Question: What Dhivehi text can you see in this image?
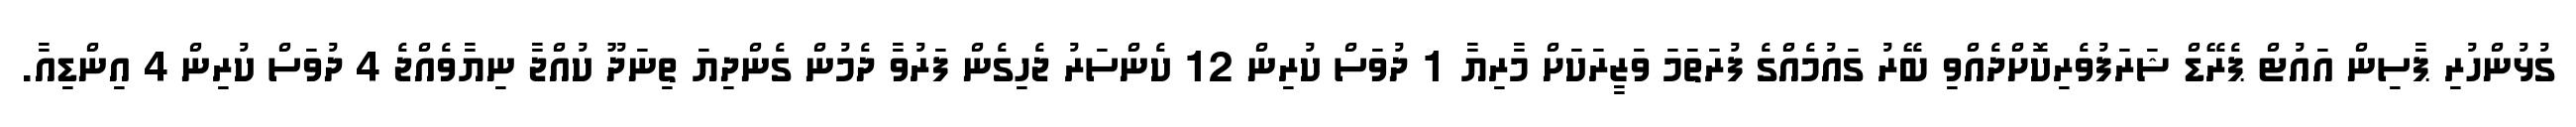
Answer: ގުޅުންހުރި ޕާސިން އައުޓް ޕެރޭޑް ޝަރަފުވެރިކޮށްދެއްވި ބޭރު ގައުމެއްގެ ފުރަތަމަ ވަޒީރަކަށް މާރިޔާ 1 ދުވަސް ކުރިން 12 ކެންސަރު ޖެހިގެން ފަރުވާ ދެމުން ގެންދިޔަ ތިނަދޫ ކުއްޖާ ނިޔާވެއްޖެ 4 ދުވަސް ކުރިން 4 އިންޑިއާ.